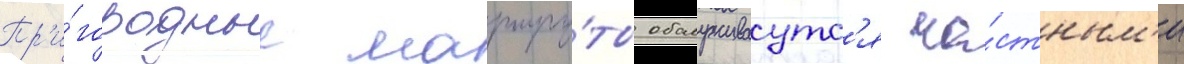
Пр'и́городные маршру́ты обслуживаутс'я ча́стным'и